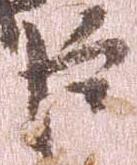
臣